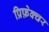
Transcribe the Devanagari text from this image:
प्रिफ़ेक्चर